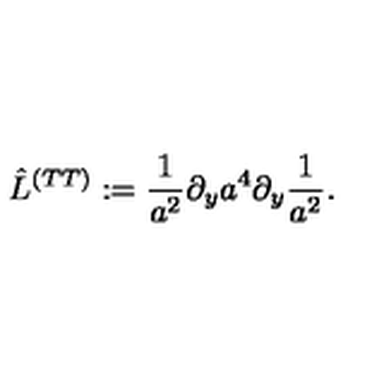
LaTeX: \hat { L } ^ { ( T T ) } : = { \frac { 1 } { a ^ { 2 } } } \partial _ { y } a ^ { 4 } \partial _ { y } { \frac { 1 } { a ^ { 2 } } } .